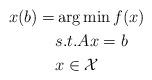
LaTeX: \begin{align*}x(b) = & \arg \min f(x) \\& s.t. Ax = b \\& x \in \mathcal{X}\end{align*}